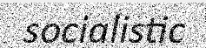
socialistic